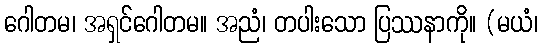
ဂေါတမ၊ အရှင်ဂေါတမ။ အညံ၊ တပါးသော ပြဿနာကို။ (မယံ၊